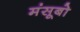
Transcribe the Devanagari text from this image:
मंसूबो